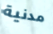
مدنية